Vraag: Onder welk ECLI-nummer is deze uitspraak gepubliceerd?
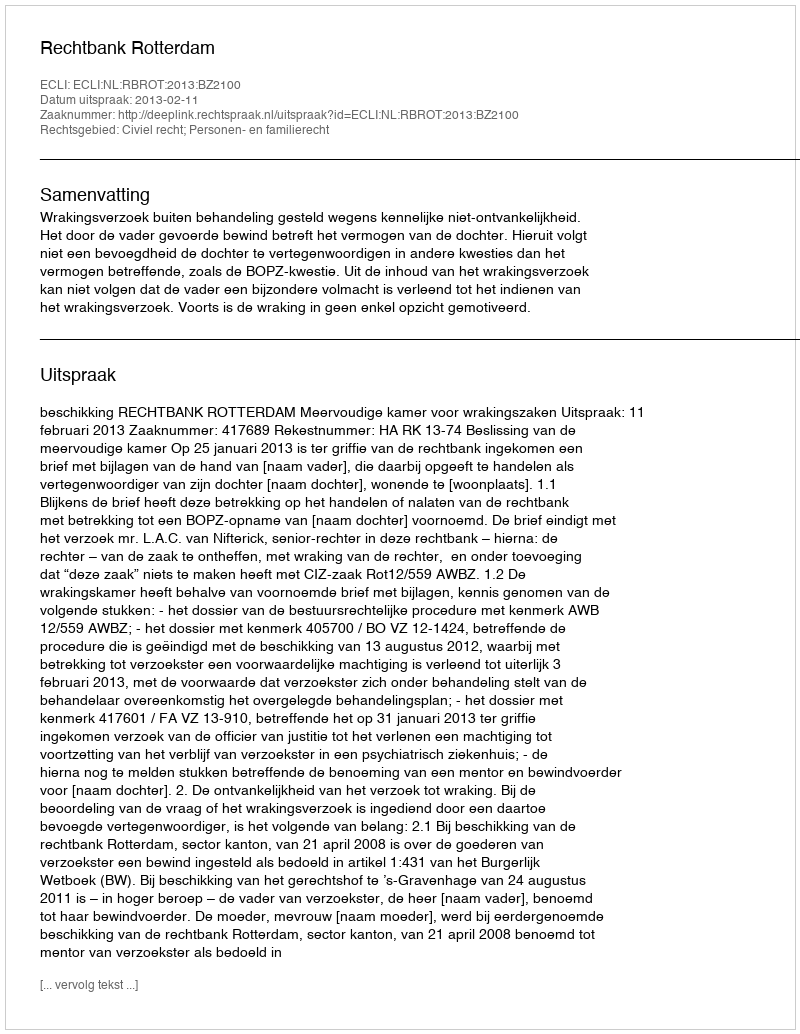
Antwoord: ECLI:NL:RBROT:2013:BZ2100